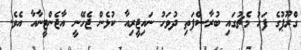
ގްރޫޕުގެ ފަހު މެޗުގައި ބުރާސްފަތި ދުވަހު ނައިޖީރިއާ ކުޅެން ޖެހޭނީ އާޖެންޓީނާއާ އެވެ.